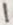
Text: 1